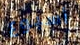
أسبوع